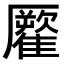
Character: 𩀾